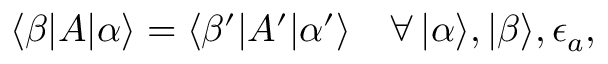
\langle \beta | A | \alpha \rangle = \langle \beta ^ { \prime } | A ^ { \prime } | \alpha ^ { \prime } \rangle \quad \forall \, | \alpha \rangle , | \beta \rangle , \epsilon _ { a } ,